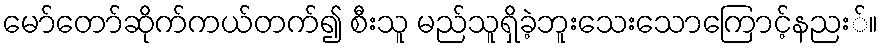
မော်တော်ဆိုက်ကယ်တက်၍ စီးသူ မည်သူရှိခဲ့ဘူးသေးသောကြောင့်နညး်။